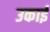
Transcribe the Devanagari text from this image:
उकाई